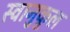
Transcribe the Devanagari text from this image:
स्वानुकूल